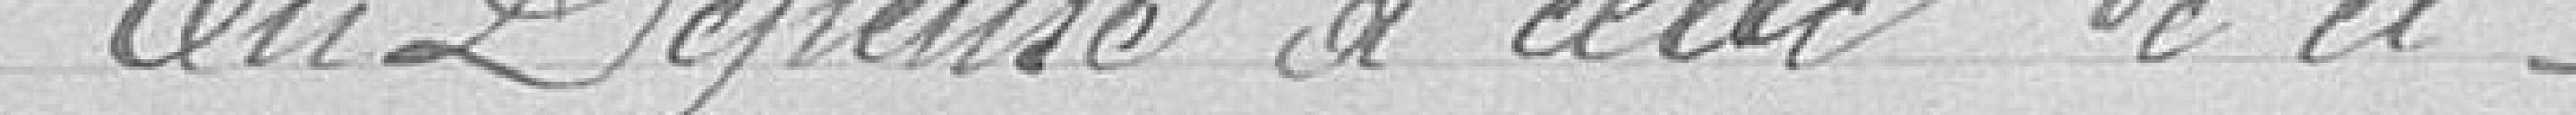
En dépense, à celle de